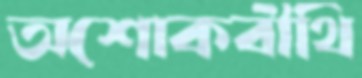
অশোকবীথি